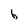
Character: b